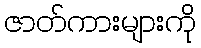
ဇာတ်ကားများကို